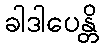
ခါဒါပေန္တိ